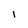
Character: I